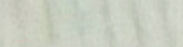
Try Our Pizza